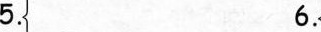
5. 6.